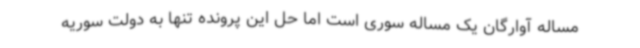
مساله آوارگان یک مساله سوری است اما حل این پرونده تنها به دولت سوریه